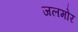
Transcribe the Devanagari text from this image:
जलमोर